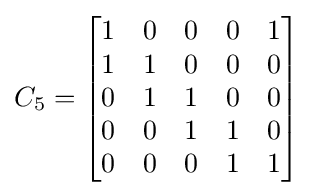
C_{5}={\begin{bmatrix}1&0&0&0&1\\1&1&0&0&0\\0&1&1&0&0\\0&0&1&1&0\\0&0&0&1&1\\\end{bmatrix}}